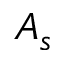
A _ { s }